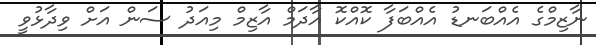
ނާޒިމްގެ އެއްބަނޑު އެއްބަފާ ކޮއްކޮ އާދަމް އާޒިމް މިއަދު ސަން އަށް ވިދާޅުވީ